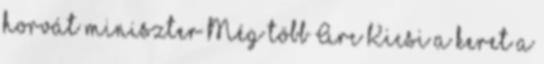
horvát miniszter Még több Arc Kicsi a keret a